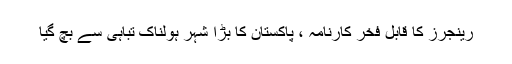
رینجرز کا قابل فخر کارنامہ ، پاکستان کا بڑا شہر ہولناک تباہی سے بچ گیا